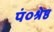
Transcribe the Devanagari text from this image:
पं०श्रेष्ठ